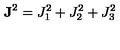
{ \bf J } ^ { 2 } = J _ { 1 } ^ { 2 } + J _ { 2 } ^ { 2 } + J _ { 3 } ^ { 2 }